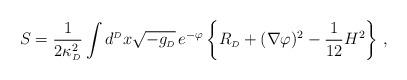
LaTeX: \begin{align*}S = {1\over2\kappa_{\scriptscriptstyle{D}}^2} \int d^{\scriptscriptstyle{D}}x \sqrt{-g_{\scriptscriptstyle{D}}} \, e^{-\varphi} \left\{ R_{\scriptscriptstyle{D}} + (\nabla\varphi)^2 -{1\over12} H^2\right\} \, ,\end{align*}